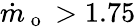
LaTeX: \dot{m}_{\mathrm{~o~}}>1.75